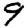
Digit: 9